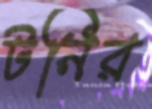
টনির